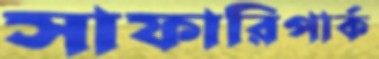
সাফারিপার্ক